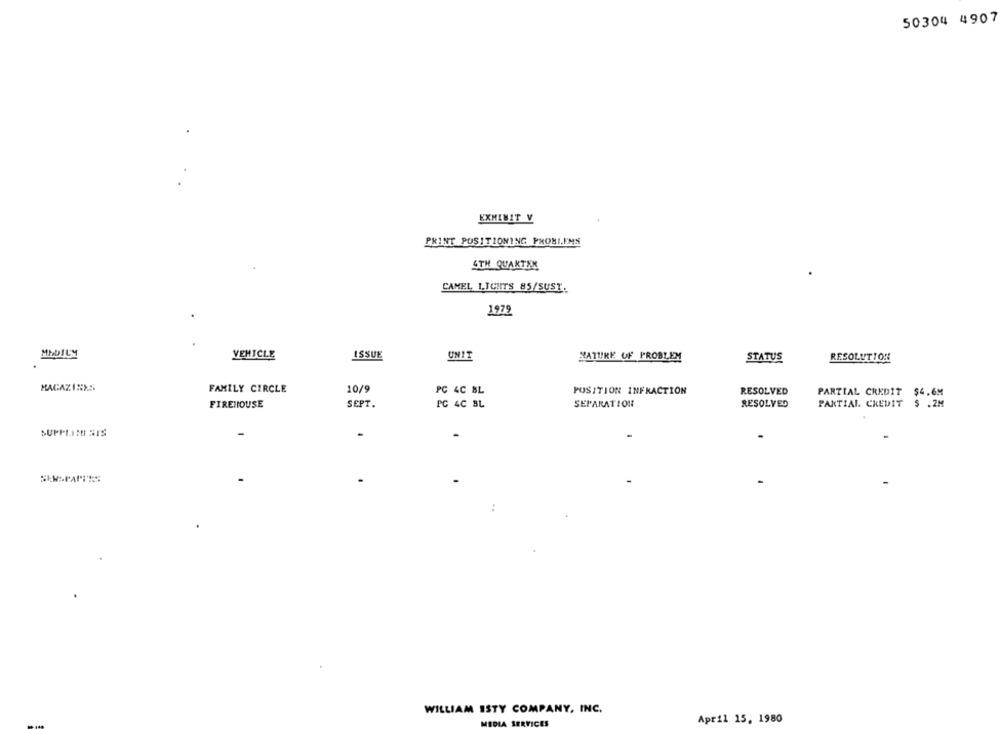
50304 4907
EXHIBIT V
PRINT POSITIONING PROBLEMS
STH QUAKTEN
CAMEL 1.ICHTS 85/SUST.
1979
MEDIUM
VEHICLE
ISSUE
UNIT
NATURE OF PROBLEM
STATUS
RESOLUTION
MAGAZINES
FAMILY CIRCLE
10/9
PC 4C BL
POSITION INFRACTION
RESOLVED
PARTIAL CREDIT $4.6M
FIREHOUSE
SEPT.
PC 4C BL
SEPARATION
RESOLVED
PARTIAL CREDIT $ .2M
SUPPLIMI SIS
SHEPARTES
WILLIAM ISTY COMPANY, INC.
April 15, 1980
MEDIA SERVICES